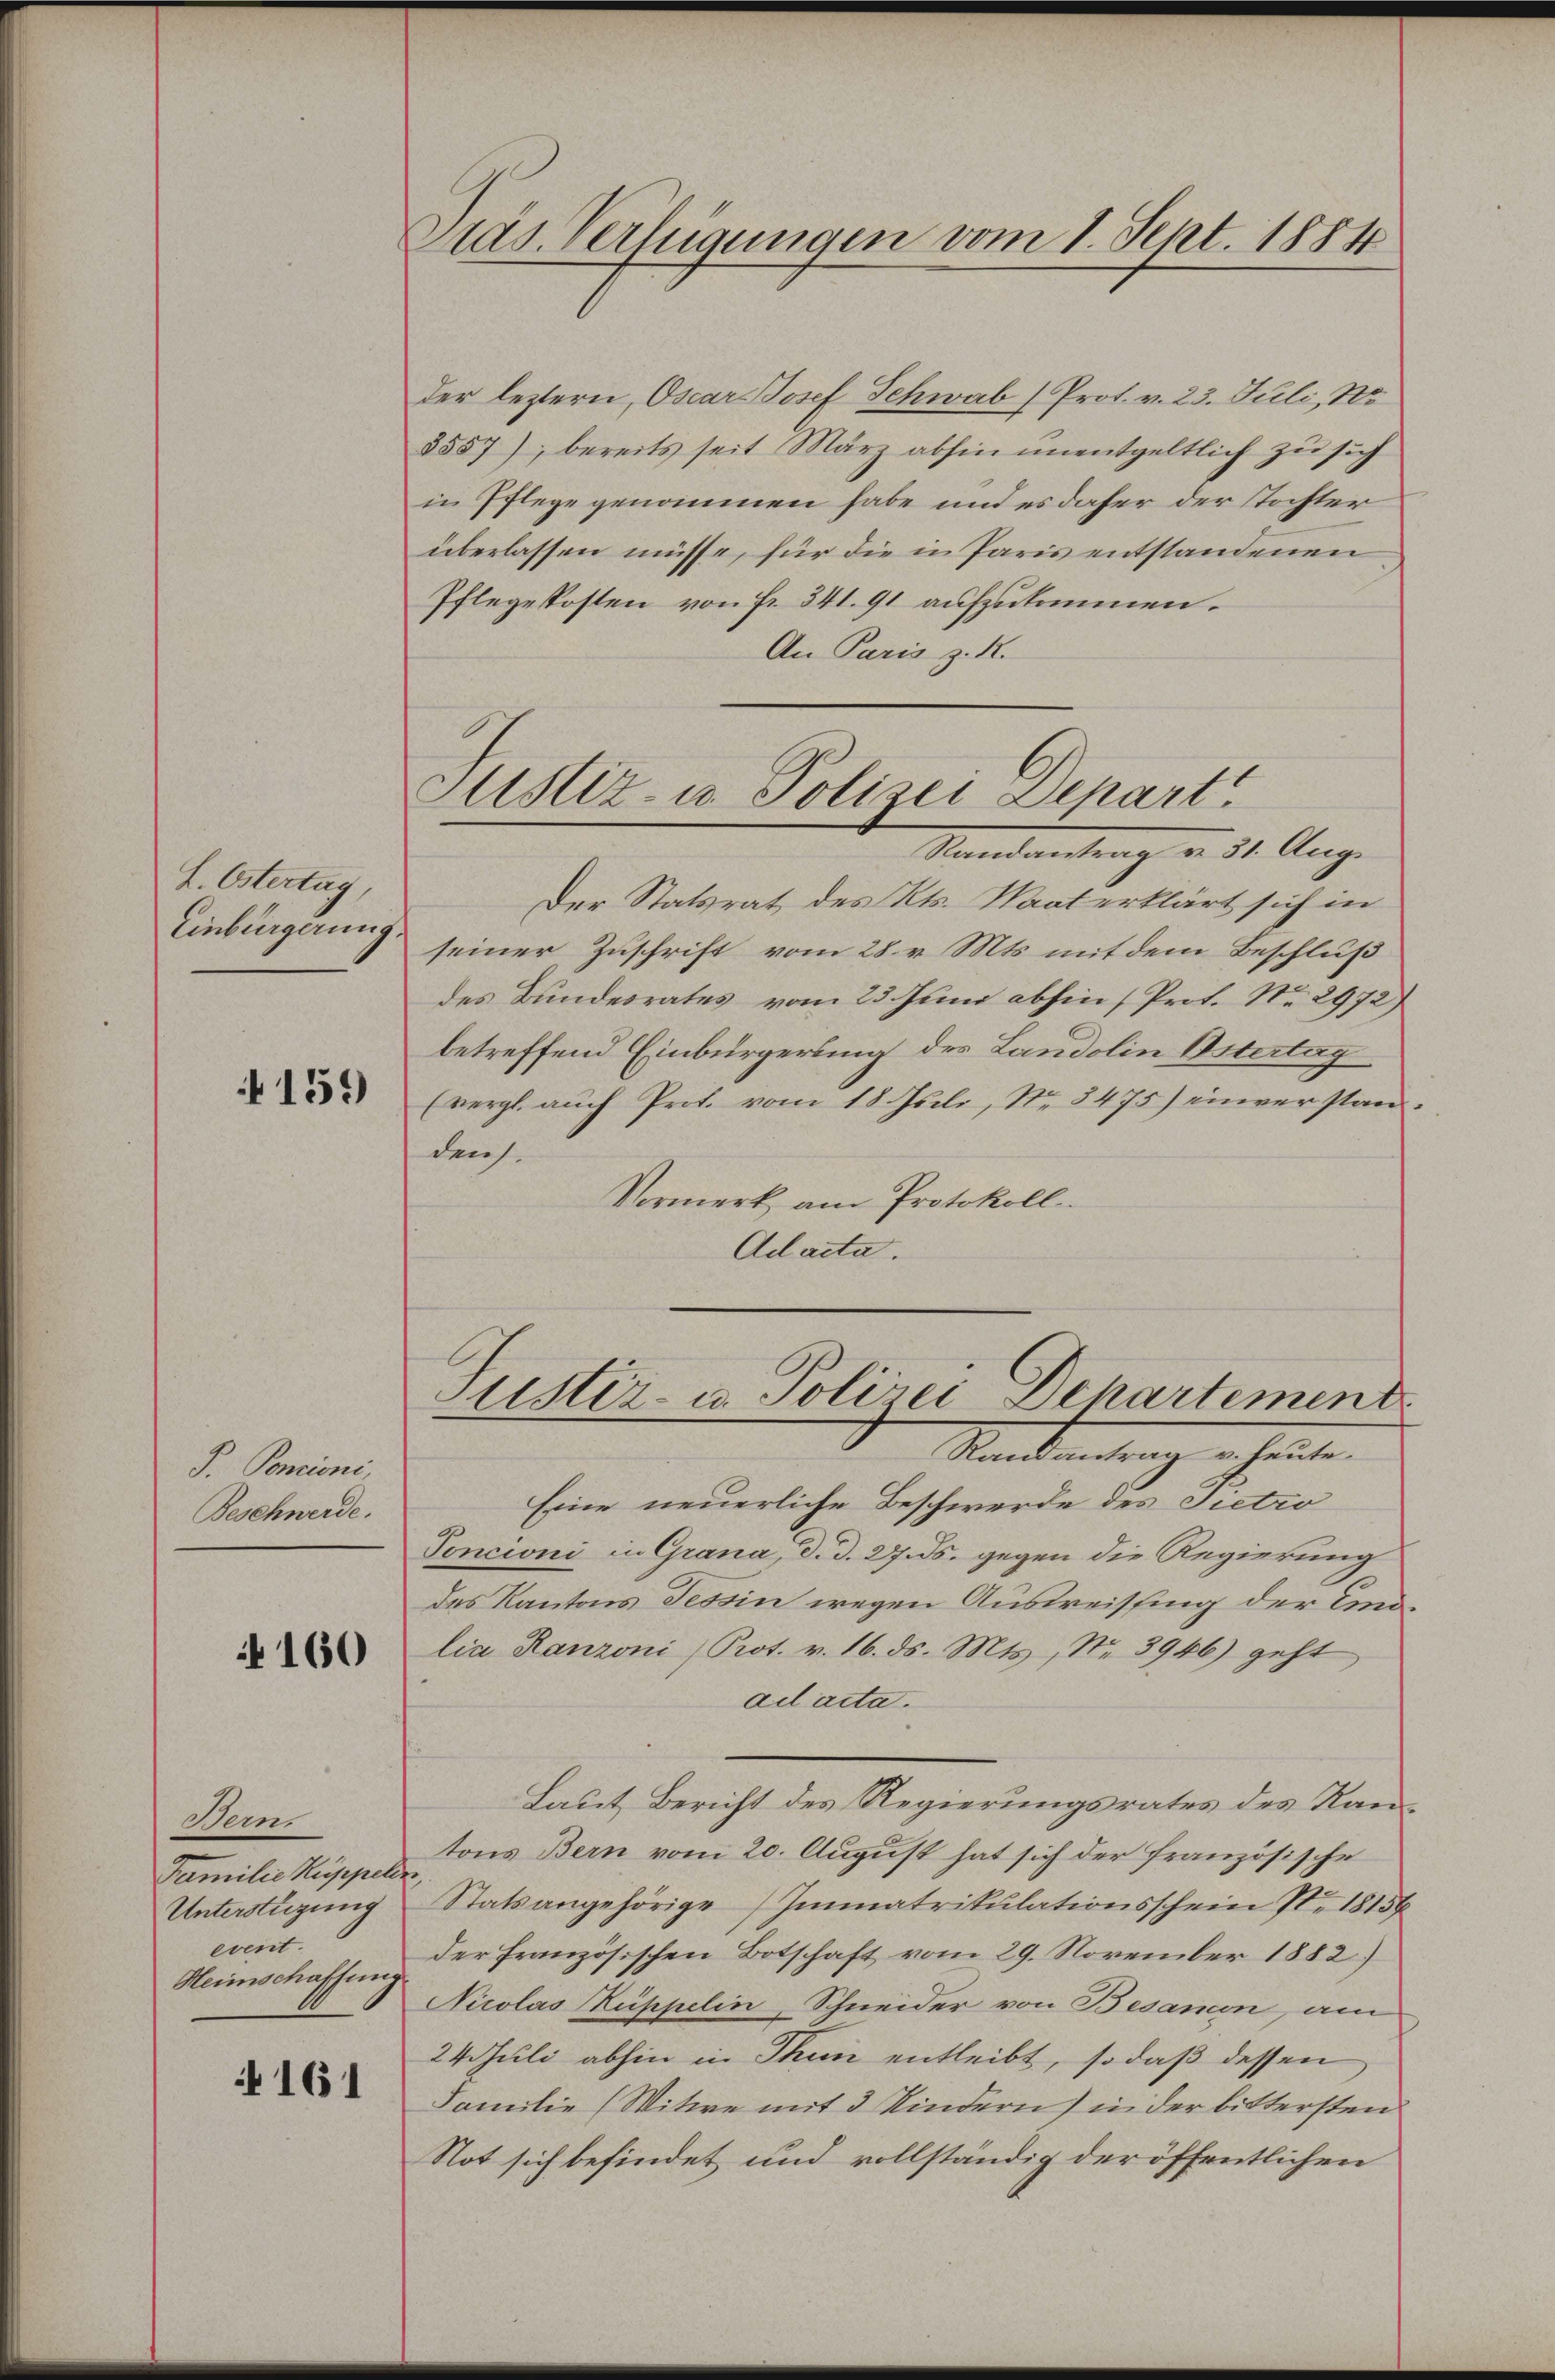
L. Östertag,
Einbürgerung

159

P. Poncioni,
Beschwerde.

160

Bern,
Familie Kuppellen,
Untersteigung
event.
Heimschaffung.

161

Pras Verfügungen vom 1. Sept. 1884

der leztern, Oscar Josef Schwab (Prof. v. 23. Juli, No
8557), bereits seit März abhin unentgeltlich zu sich
in Pflege genommen habe und es daher der Tochter
überlassen müsse, für die in Paris entstandenen
Pflegekosten von Fr. 341. 91 aufzukommen.
An Paris z. R.

Justiz- u. Polizei Depart

Justiz- u. Polizei Dekartement

Randantrag v. 31. Aug.
Der Statsrat des Kts. Maat erklärt sich in
seiner Zuschrift vom 28. v. Mts. mit dem Beschluß
des Bundesrates vom 23. Juni abhin (Prot. No. 2972)
betreffend Einbürgerling des Landolin Östertag
(vergl. auch Prof. vom 18. Juli, No 3475) einverstandens.
Vormerk am Protokoll
Adacta.

Randantrag u. heute.
Eine neuerliche Beschwerde des Pietro
Toncioni in Grana, d. d. 27. ds. gegen die Regierung
des Kantons Tessin wegen Ausweissing der Eidlia Ranzoni (Prot. v. 16. ds. Mts., Nr. 3946) geht,
ad acta.
Laut Bericht des Regierungsrates des Kantons Bern vom 20. August hat sich der französische
Statsangehörige Immatrikulationsschein Nr. 1815
der Französischen Botschaft vom 29. November 1882)
Nicolas Kuppelin, Schneider von Besamen, am
24. Juli abhin in Thun entleibt, so daß dessen
Familie (Witwe mit 3 Kindern) in der bittersten
Not sich befindet und vollständig der öffentlichen